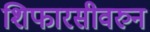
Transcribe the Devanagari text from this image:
शिफारसीवरुन